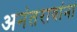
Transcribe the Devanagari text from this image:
अनंतरावांना